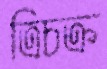
ত্রিচক্র